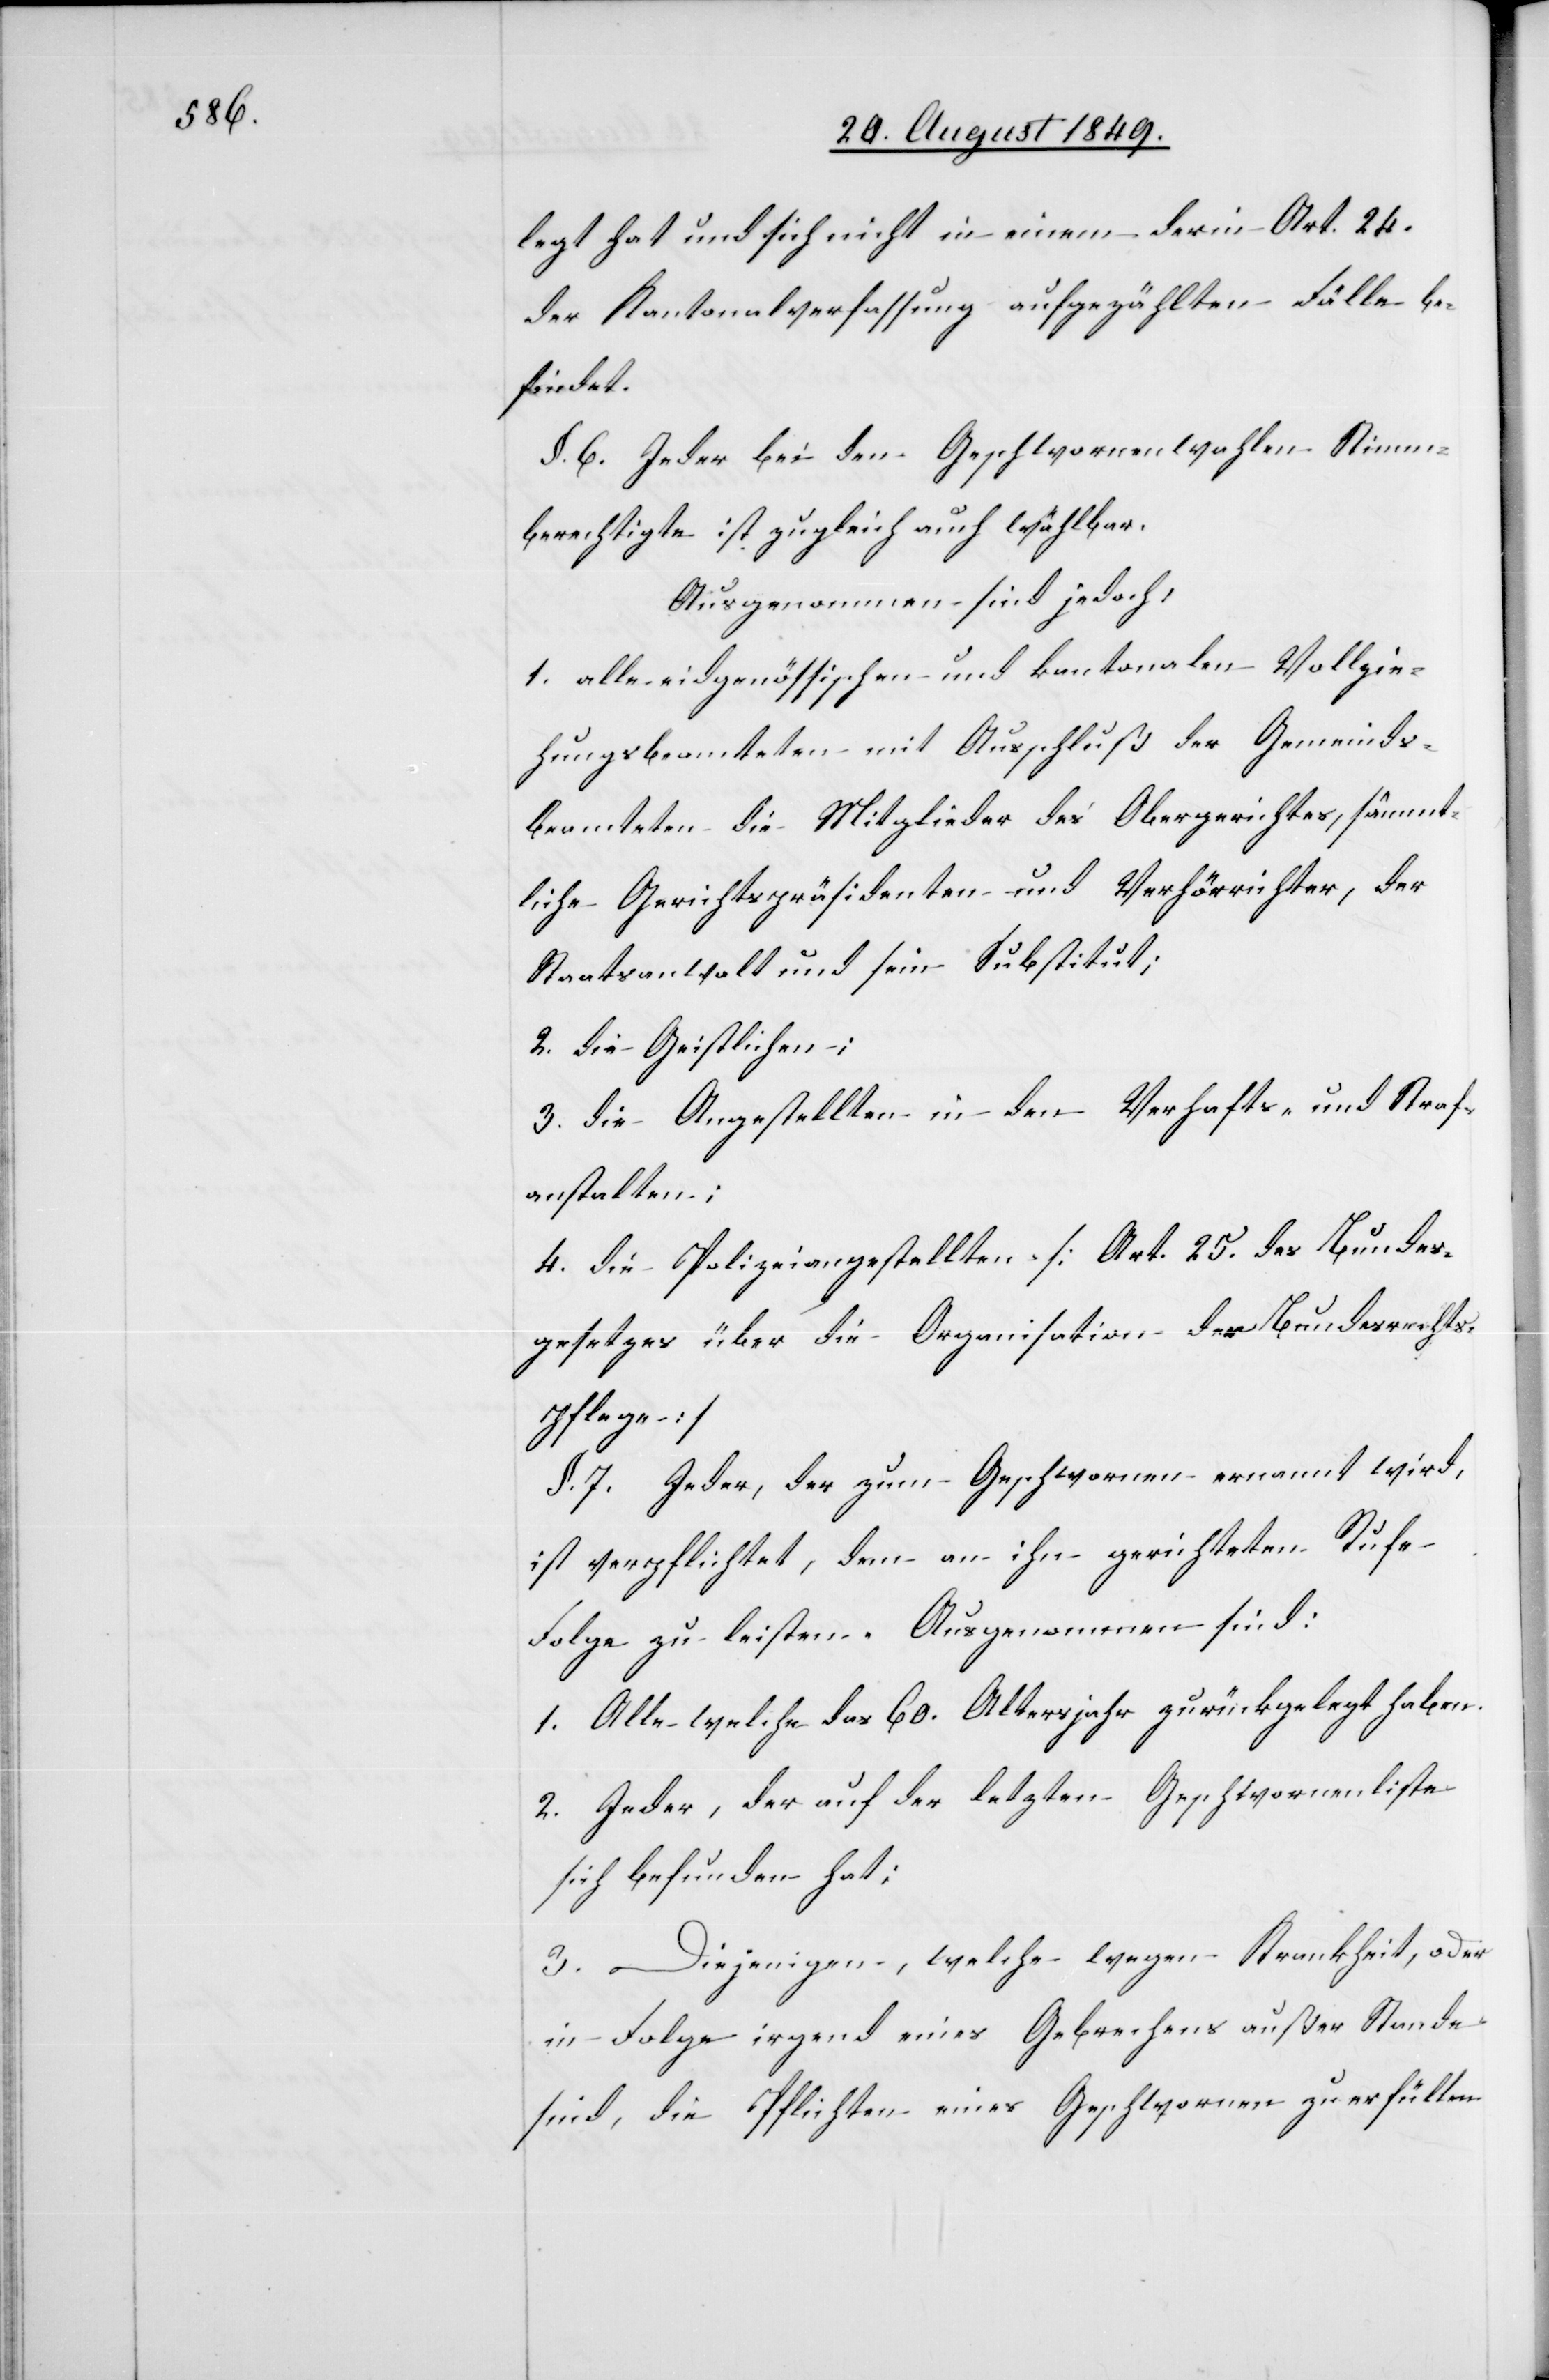
legt hat und sich nicht in einem der in Art. 24.
der Kantonalverfassung aufgezählten Fälle be¬
findet.
§. 6. Jeder bei den Geschwornenwahlen Stimm¬
berechtigte ist zugleich auch wählbar.
Ausgenommen sind jedoch,
1. alle eidgenössischen und kantonalen Vollzie¬
hungsbeamteten mit Ausschluß der Gemeinds¬
beamteten die Mitglieder des Obergerichtes, sämmt¬
liche Gerichtspräsidenten und Verhörrichter, der
Staatsanwalt und sein Substitut;
2. die Geistlichen;
3. die Angestellten in den Verhafts- und Straf¬
anstalten;
4. die Polizeianstalten [Art. 25. des Bundes¬
gesetzes über die Organisation der Bundesrechts¬
pflege]
§. 7. Jeder, der zum Geschwornen ernannt wird,
ist verpflichtet, dem an ihn gerichteten Rufe
Folge zu leisten. Ausgenommen sind:
1. Alle welche das 60. Altersjahr zurückgelegt haben.
2. Jeder, der auf der letzten Geschwornenliste
sich befunden hat;
3. Diejenigen, welche wegen Krankheit, oder
in Folge irgend eines Gebrechens außer Stande
sind, die Pflichten eines Geschworenen zu erfüllen